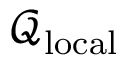
\mathcal { Q } _ { \mathrm { l o c a l } }